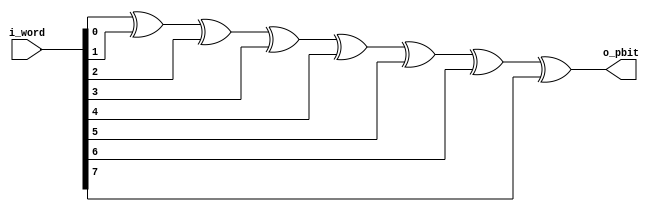
`timescale 1ns / 1ps
//////////////////////////////////////////////////////////////////////////////////
// Company: 
// Engineer: 
// 
// Design Name: 
// Module Name: UART_ParityGen
// Project Name: 
// Target Devices: 
// Tool Versions: 
// Description: 
// 
// Dependencies: 
// 
// Revision:
// Revision 0.01 - File Created
// Additional Comments:
// 
//////////////////////////////////////////////////////////////////////////////////

module UART_ParityGen#(
    parameter N_Bits = 8
)
(
    input wire [N_Bits-1 : 0] i_word,
    output wire o_pbit
);
    
    wire [N_Bits-3 : 0] x;
    
    assign x[0] = i_word[0] ^ i_word[1];
    
    genvar i;
    generate
        for(i=1; i<=(N_Bits-3); i=i+1) begin
            assign x[i] = x[i-1] ^ i_word[i+1];
        end
    endgenerate
    
    assign o_pbit = x[N_Bits-3] ^ i_word[N_Bits-1];

    
endmodule